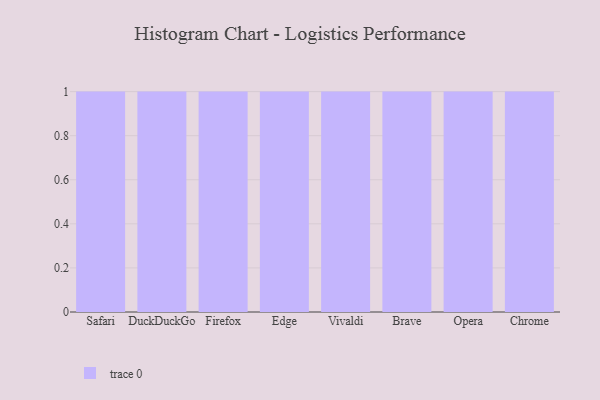
{"axis": {"x": "Browser", "y": "Net Income (USD K)"}, "legend": [""], "data": [{"x": "Safari", "y": 62, "type": ""}, {"x": "DuckDuckGo", "y": 48, "type": ""}, {"x": "Firefox", "y": 30, "type": ""}, {"x": "Edge", "y": 67, "type": ""}, {"x": "Vivaldi", "y": 94, "type": ""}, {"x": "Brave", "y": 77, "type": ""}, {"x": "Opera", "y": 11, "type": ""}, {"x": "Chrome", "y": 40, "type": ""}]}